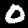
Label: 0